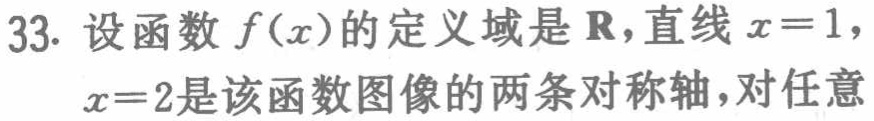
33. 设函数$f(x)$的定义域是$\mathbf{R}$，直线$x = 1$，
$x = 2$是该函数图像的两条对称轴，对任意